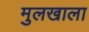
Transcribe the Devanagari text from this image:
मुलखाला